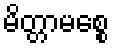
မိတ္တာမစ္စေ